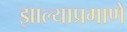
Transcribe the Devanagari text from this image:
झाल्याप्रमाणे